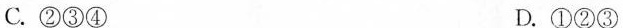
C.②③④ D.①②③